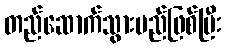
တည်ဆောက်သွားမည်ဖြစ်ပြီး